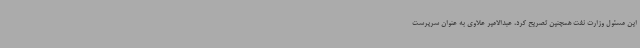
این مسئول وزارت نفت همچنین تصریح کرد، عبدالامیر علاوی به عنوان سرپرست